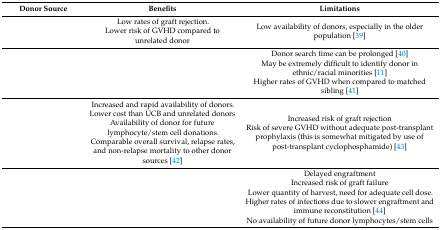
<table><thead><tr><td><b>Donor Source</b></td><td><b>Benefits</b></td><td><b>Limitations</b></td></tr></thead><tbody><tr><td>[EMPTY_CELL]</td><td>Low rates of graft rejection.Lower risk of GVHD compared to unrelated donor</td><td>Low availability of donors, especially in the older population [39]</td></tr><tr><td>[EMPTY_CELL]</td><td>[EMPTY_CELL]</td><td>Donor search time can be prolonged [40]May be extremely difficult to identify donor in ethnic/racial minorities [11]Higher rates of GVHD when compared to matched sibling [41]</td></tr><tr><td>[EMPTY_CELL]</td><td>Increased and rapid availability of donors.Lower cost than UCB and unrelated donorsAvailability of donor for future lymphocyte/stem cell donations.Comparable overall survival, relapse rates, and non-relapse mortality to other donor sources [42]</td><td>Increased risk of graft rejectionRisk of severe GVHD without adequate post-transplant prophylaxis (this is somewhat mitigated by use of post-transplant cyclophosphamide) [43]</td></tr><tr><td>[EMPTY_CELL]</td><td>[EMPTY_CELL]</td><td>Delayed engraftmentIncreased risk of graft failureLower quantity of harvest, need for adequate cell dose.Higher rates of infections due to slower engraftment and immune reconstitution [44]No availability of future donor lymphocytes/stem cells</td></tr></tbody></table>